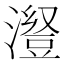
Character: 𱩁